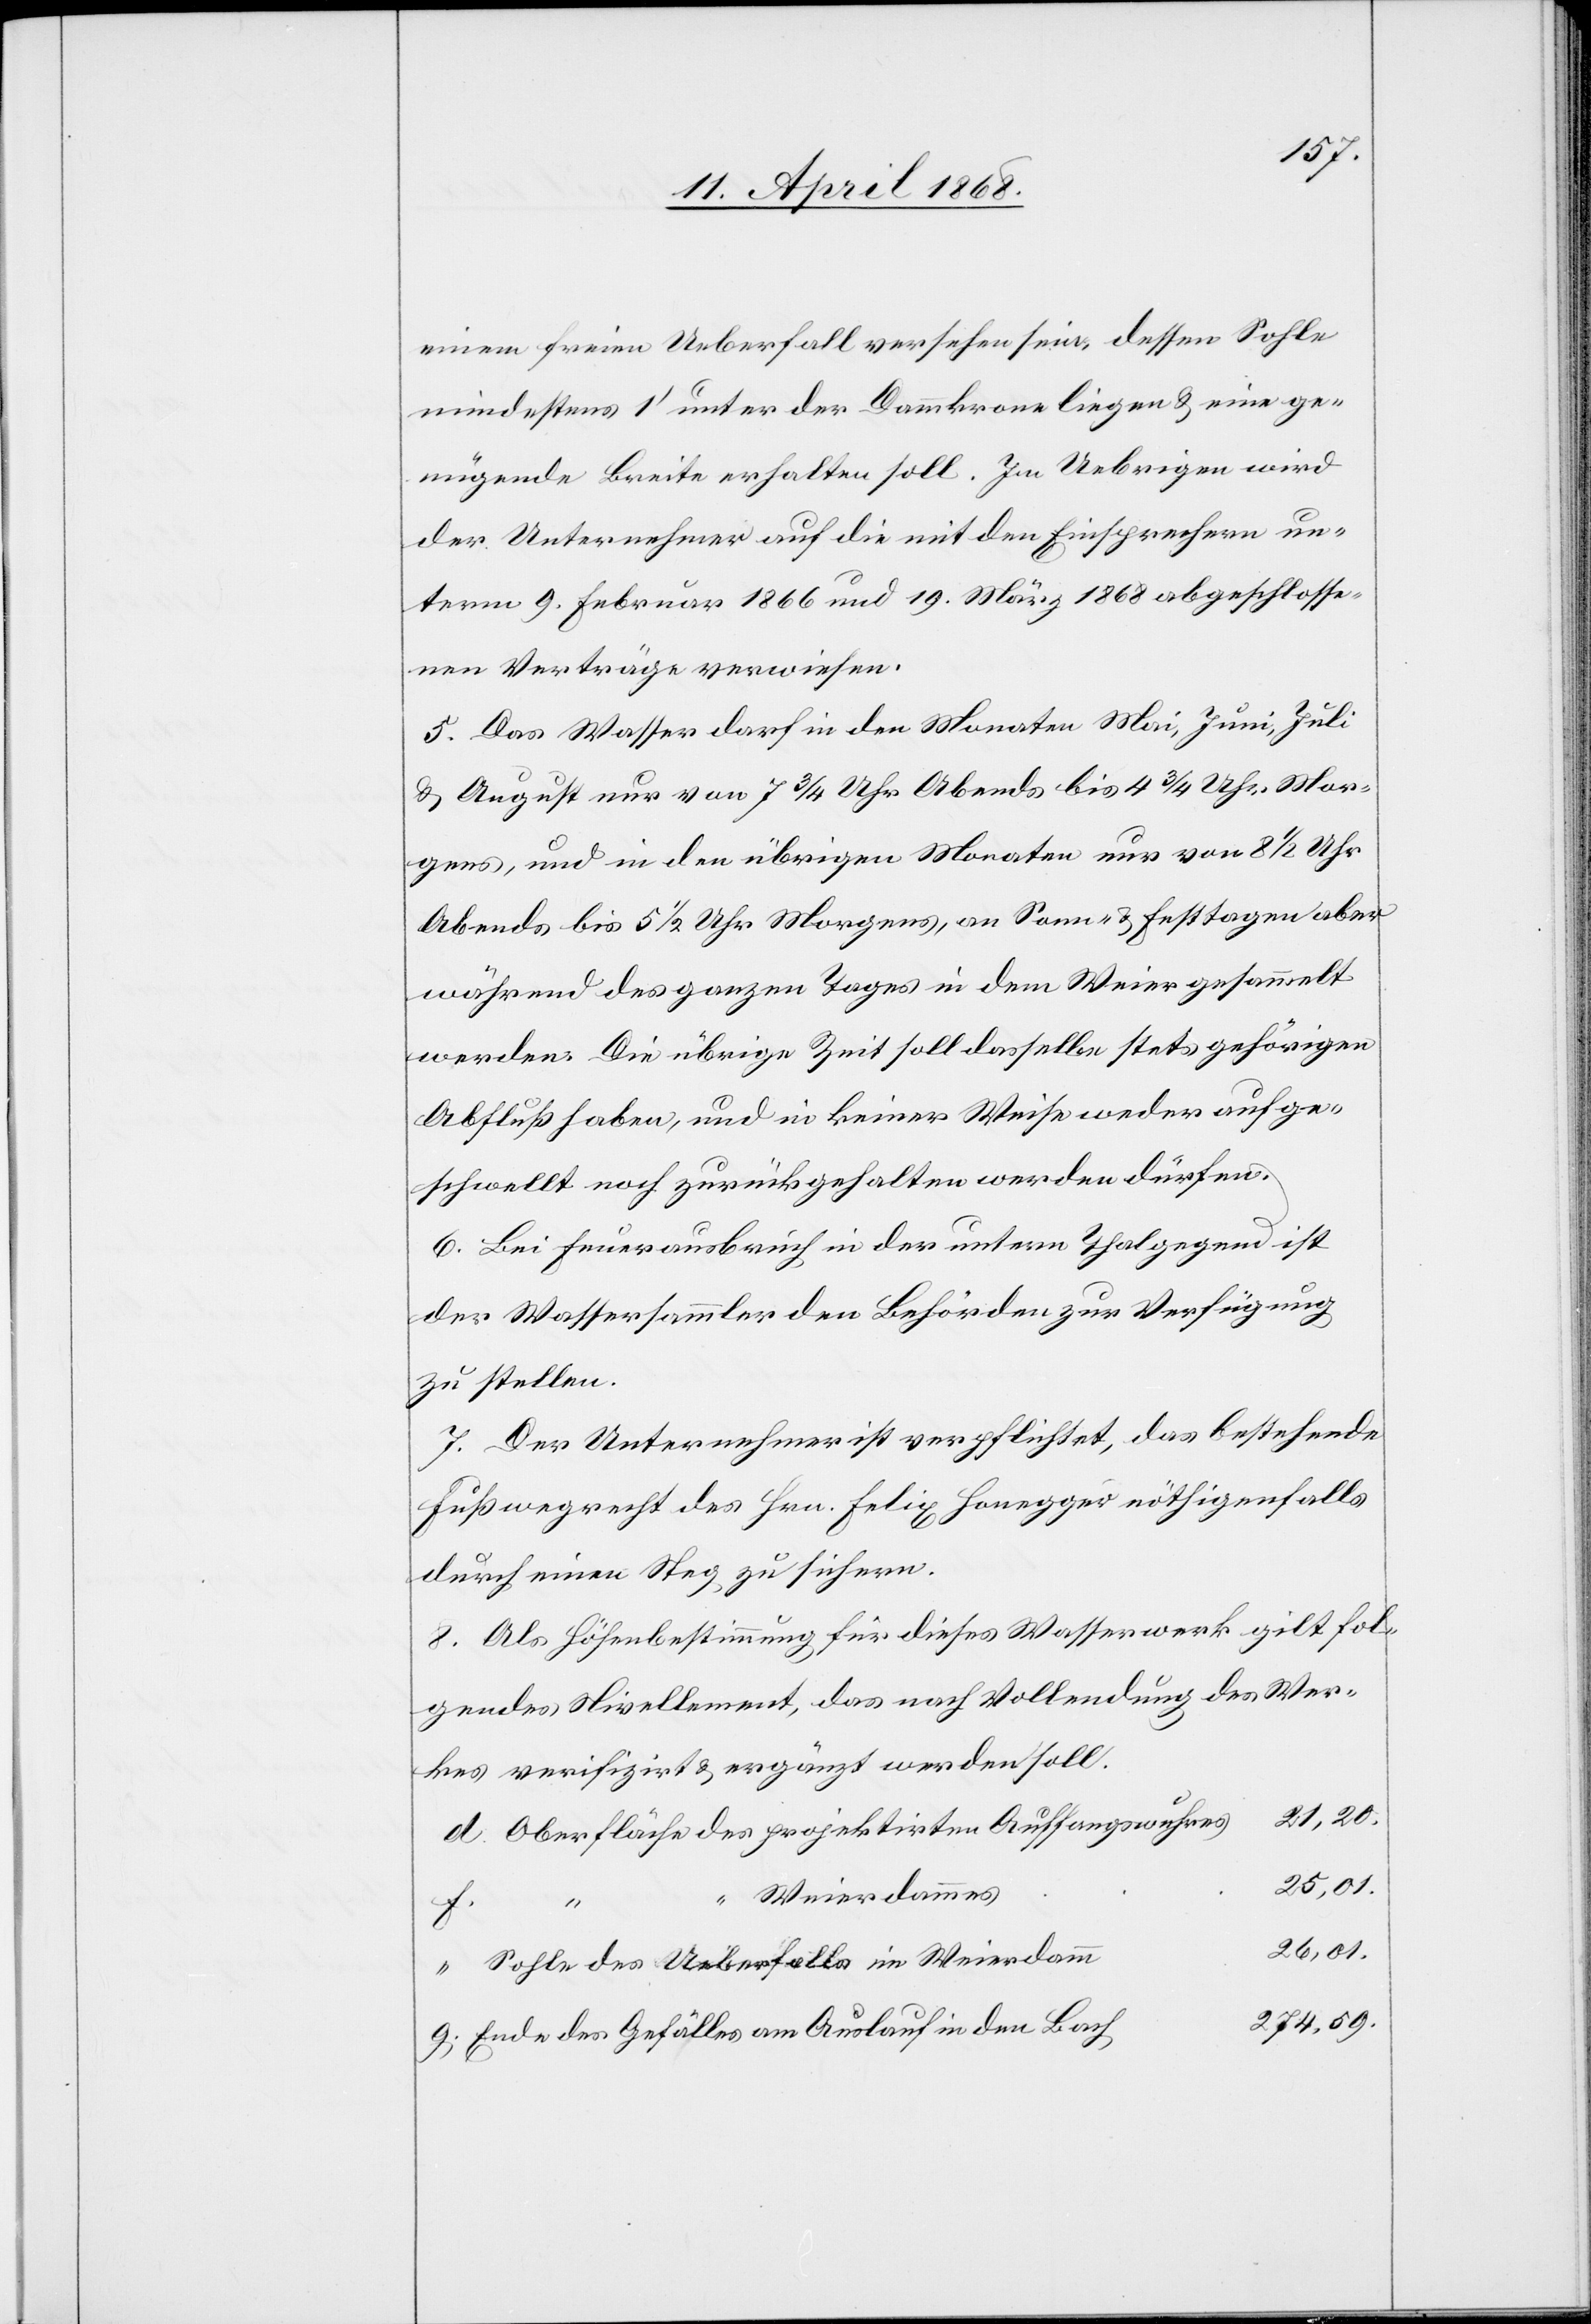
einem freien Ueberfall versehen sein, dessen Sohle
mindestens 1‘ unter der Dammkrone liegen & eine ge¬
nügende Breite erhalten soll. Im Uebrigen wird
der Unternehmer auf die mit den Einsprechern un¬
term 9. Februar 1866 und 19. März 1868 abgeschlosse¬
nen Verträge verwiesen.
5. Das Wasser darf in den Monaten Mai, Juni, Juli
& August nur von 7 3/4 Uhr Abends bis 4 3/4 Uhr Mor¬
gens, und in den übrigen Monaten nur von 8 1/2 Uhr
Abends bis 5 1/2 Uhr Morgens, an Sonn- & Festtagen aber
während des ganzen Tages in dem Weier gesammelt
werden. Die übrige Zeit soll dasselbe stets gehörigen
Abfluß haben, und in keiner Weise weder aufge¬
schwellt noch zurückgehalten werden dürfen.
6. Bei Feuerausbruch in der untern Thalgegend ist
der Wassersammler den Behörden zur Verfügung
zu stellen.
7. Der Unternehmer ist verpflichtet, das bestehende
Fußwegrecht des Hrn. Felix Honegger nöthigenfalls
durch einen Steg zu sichern.
8. Als Höhenbestimmung für dieses Wasserwerk gilt fol¬
gendes Nivellement, das nach Vollendung des Wer¬
kes verifizirt & ergänzt werden soll.
21,20.
Oberfläche des projektirten Auffangswuhres
25,01.
“ Weierdammes
d.
g.
26,01.
Sohle des Ueberfalls im Weierdamm
274,59.
Ende des Gefälles am Auslauf in den Bach